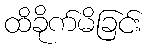
ထိခိုက်မိခြင်း